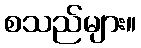
စသည်များ။